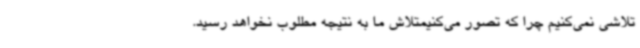
تلاشی نمی‌کنیم چرا که تصور می‌کنیمتلاش ما به نتیجه مطلوب نخواهد رسید.